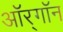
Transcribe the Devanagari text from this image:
ऑर्‌गॉन